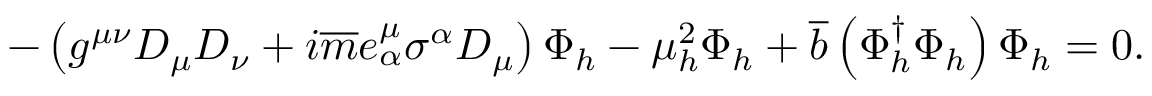
- \left( g ^ { \mu \nu } D _ { \mu } D _ { \nu } + i \overline { { { m } } } e _ { \alpha } ^ { \mu } \sigma ^ { \alpha } D _ { \mu } \right) \Phi _ { h } - \mu _ { h } ^ { 2 } \Phi _ { h } + \overline { { { b } } } \left( \Phi _ { h } ^ { \dagger } \Phi _ { h } \right) \Phi _ { h } = 0 .